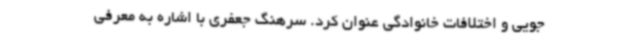
جویی و اختلافات خانوادگی عنوان کرد. سرهنگ جعفری با اشاره به معرفی